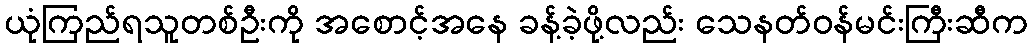
ယုံကြည်ရသူတစ်ဦးကို အစောင့်အနေ ခန့်ခဲ့ဖို့လည်း သေနတ်ဝန်မင်းကြီးဆီက